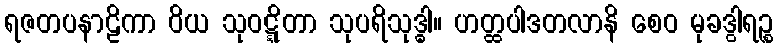
ရဇတပနာဠိကာ ဝိယ သုဝဋ္ဋိတာ သုပရိသုဒ္ဓါ။ ဟတ္ထပါဒတလာနိ စေဝ မုခဒွါရဉ္စ